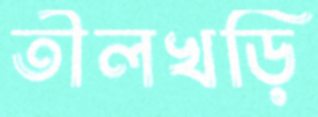
তীলখড়ি